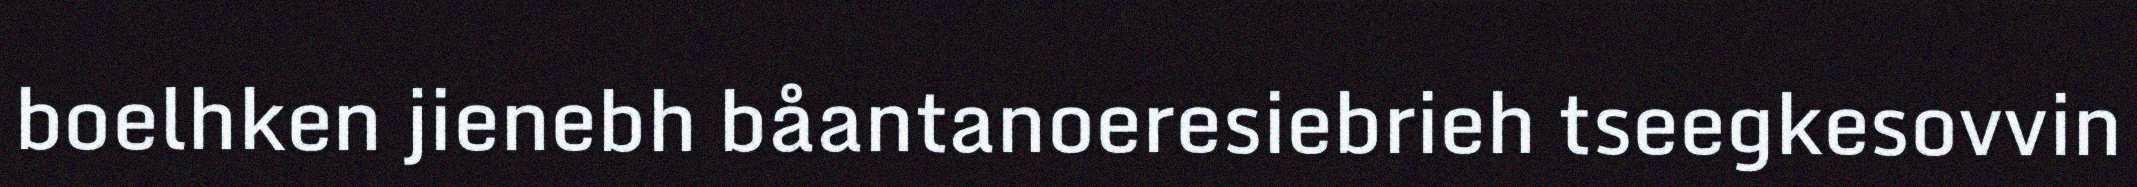
boelhken jienebh båantanoeresiebrieh tseegkesovvin